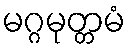
မဂ္ဂမုတ္တမံ